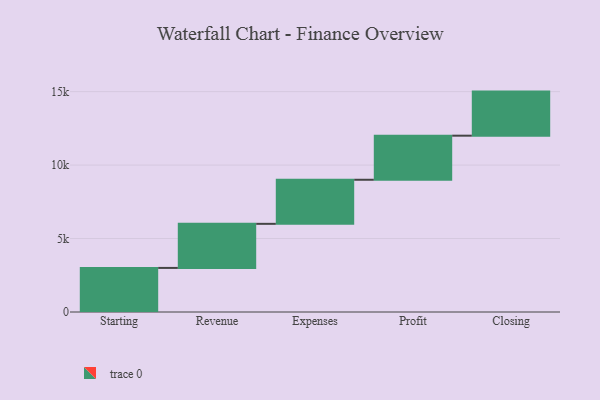
{"axis": {"x": "Step", "y": "Value"}, "legend": [""], "data": [{"x": "Starting", "y": 3000, "type": ""}, {"x": "Revenue", "y": 3000, "type": ""}, {"x": "Expenses", "y": 3000, "type": ""}, {"x": "Profit", "y": 3000, "type": ""}, {"x": "Closing", "y": 3000, "type": ""}]}